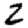
Digit: 2